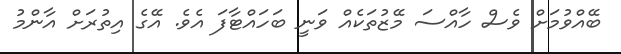
ބޭއްވުމަށް ވެސް ހާއްސަ މޭޒުތަކެއް ވަނީ ބަހައްޓާފަ އެވެ. އޭގެ އިތުރަށް އާންމު